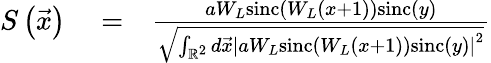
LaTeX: \begin{array}{rlr}{S\left(\vec{x}\right)}&{{}=}&{\frac{aW_{L}\mathrm{sinc}\left(W_{L}\left(x+1\right)\right)\mathrm{sinc}\left(y\right)}{\sqrt{\int_{\mathbb{R}^{2}}d\vec{x}\left|aW_{L}\mathrm{sinc}\left(W_{L}\left(x+1\right)\right)\mathrm{sinc}\left(y\right)\right|^{2}}}}\end{array}